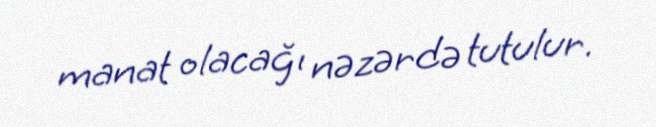
manat olacağı nəzərdə tutulur.